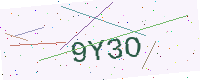
Text: 9Y3O